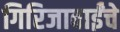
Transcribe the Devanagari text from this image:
गिरिजाबाईंचे